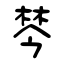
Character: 棽